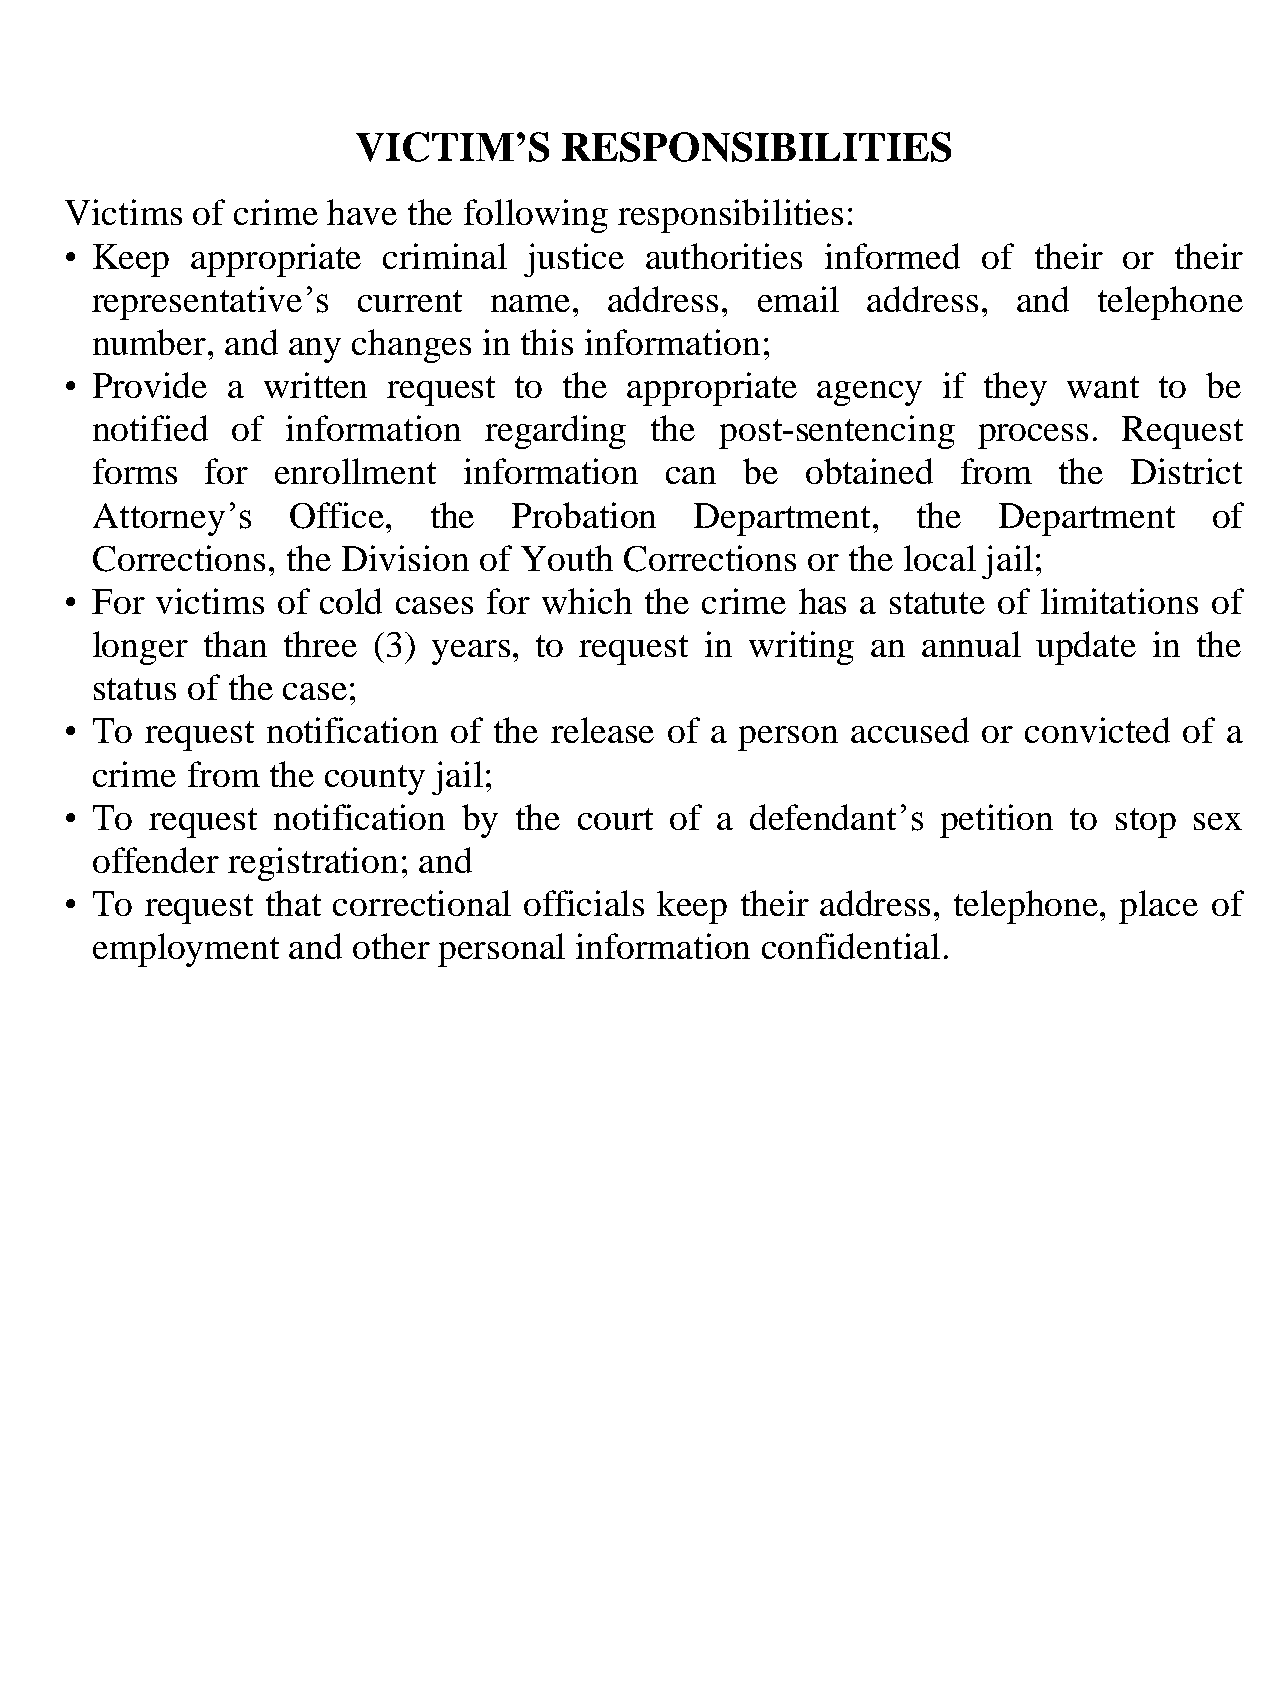
VICTIM’S      RESPONSIBILITIES
 Victims  of crime have the following responsibilities:
 • Keep   appropriate criminal  justice authorities informed  of their or  their
 representative’s  current name,   address,  email  address,  and   telephone
 number,  and any changes  in this information;
 • Provide  a written  request to the  appropriate agency  if they  want  to be
 notified of  information  regarding  the  post-sentencing  process. Request
 forms   for enrollment   information  can  be  obtained   from  the  District
 Attorney’s   Office,  the   Probation   Department,    the  Department    of
 Corrections, the Division of Youth Corrections or the local jail;
 • For victims of cold cases for which  the crime has a statute of limitations of
 longer than  three (3) years, to request in writing an annual  update in the
 status of the case;
 • To  request notification of the release of a person accused or convicted of a
 crime from  the county jail;
 • To  request notification by the court of a  defendant’s petition to stop sex
 offender registration; and
 • To  request that correctional officials keep their address, telephone, place of
 employment   and other personal information confidential.